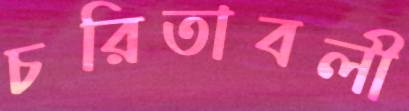
চরিতাবলী